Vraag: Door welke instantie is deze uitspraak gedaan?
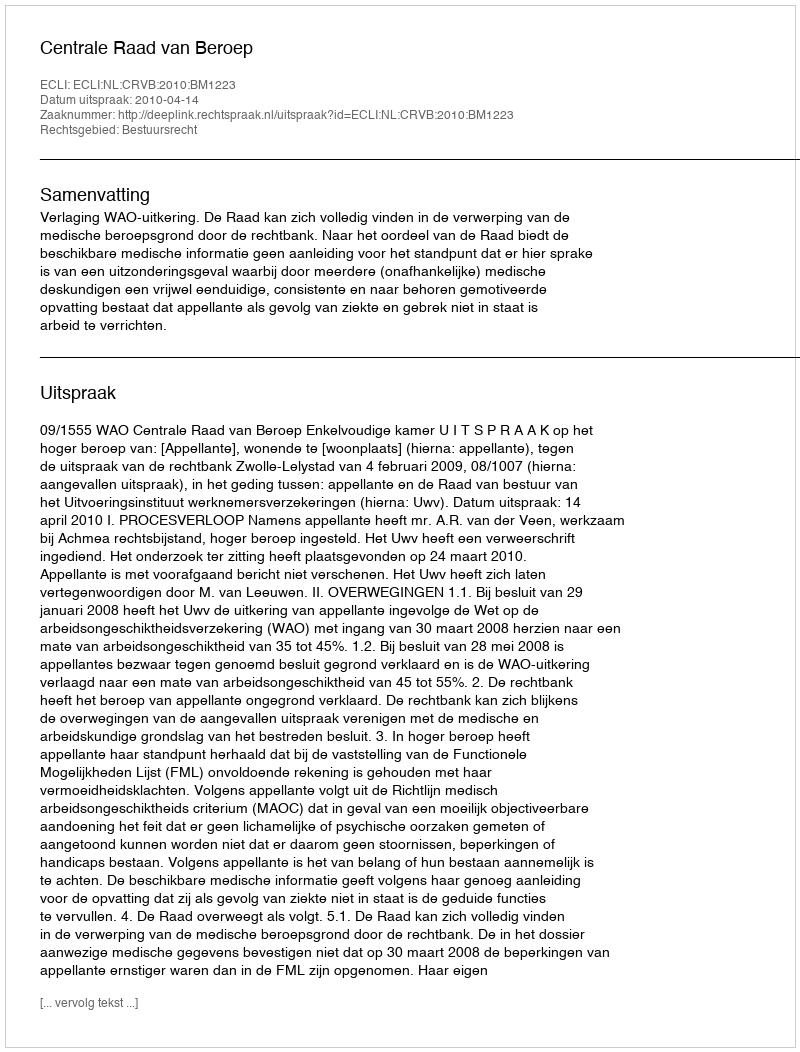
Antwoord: Centrale Raad van Beroep